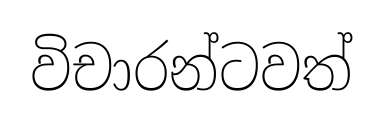
විචාරන්ටවත්